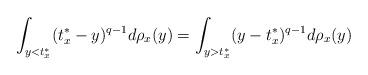
LaTeX: \begin{align*}\int_{y<t^*_x}(t^*_x-y)^{q-1}d\rho_x(y)=\int_{y>t^*_x}(y-t^*_x)^{q-1}d\rho_x(y)\end{align*}